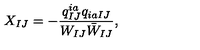
X _ { I J } = - \frac { q _ { I J } ^ { i a } q _ { i a I J } } { W _ { I J } \bar { W } _ { I J } } ,